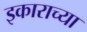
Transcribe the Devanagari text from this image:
इकाराच्या